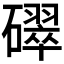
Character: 𥖮